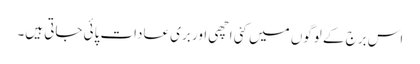
اس برج کے لوگوں میں کئی اچھی اور بری عادات پائی جاتی ہیں۔